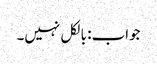
جواب: بالکل نہیں۔